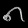
Digit: ၈